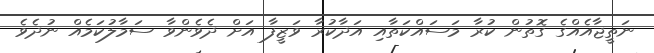
ނަތީޖާއެއްގެ ގޮތުން ކުރާ މަސައްކަތާއި އަދާކުރާ ވަޒީފާ އަށް ދެވެންވާ ސަމާލުކަމެއް ނުދެވެ